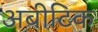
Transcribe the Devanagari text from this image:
अबीटिक